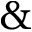
\&